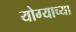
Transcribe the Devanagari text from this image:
योग्याच्या